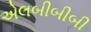
એલબીબીબી